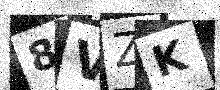
Text: 8VZK